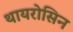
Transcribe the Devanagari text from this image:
थायरोसिन